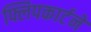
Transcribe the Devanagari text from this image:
फ्लिपकार्टने